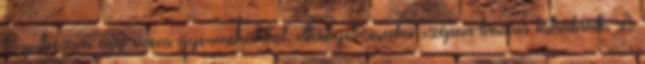
begubózva egy szem gyermekükkel, elkényelmesedve szépen lassan kihalnak. A